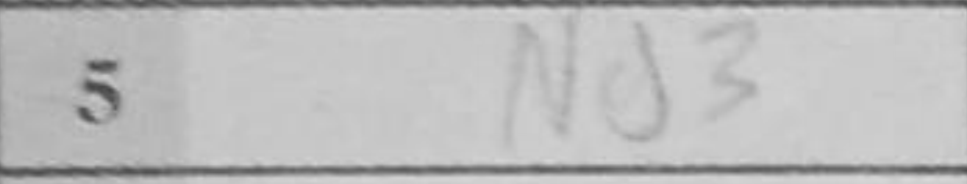
Transcription: Ng3